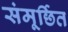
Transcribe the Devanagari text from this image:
संमूर्छित